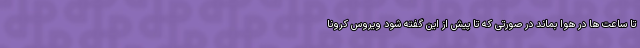
تا ساعت ها در هوا بماند در صورتی که تا پیش از این گفته شود ویروس کرونا